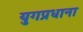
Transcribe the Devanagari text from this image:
युगप्रधाना